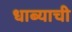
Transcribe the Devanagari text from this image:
धाब्याची